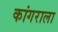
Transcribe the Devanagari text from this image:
कांगराला